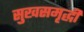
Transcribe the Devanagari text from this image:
सुखसमृद्धी